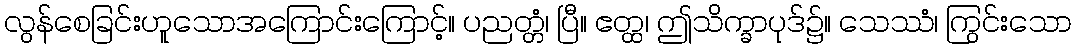
လွန်စေခြင်းဟူသောအကြောင်းကြောင့်။ ပညတ္တံ၊ ပြီ။ ဧတ္ထ၊ ဤသိက္ခာပုဒ်၌။ သေဿံ၊ ကြွင်းသော